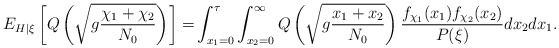
\begin{align*}\displaystyle E_{H\vert\xi}\left[Q\left(\sqrt{g\frac{\chi_{1}+\chi_2}{N_{0}}}\right)\right]=&\int_{x_1=0}^{\tau} \int_{x_2=0}^{\infty}Q\left(\sqrt{g\frac{x_{1}+x_2}{N_{0}}}\right) \dfrac{f_{\chi_1}(x_1)f_{\chi_2}(x_2)}{P(\xi)} dx_2 dx_1.\end{align*}